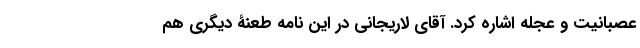
عصبانیت و عجله اشاره کرد. آقای لاریجانی در این نامه طعنۀ دیگری هم